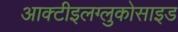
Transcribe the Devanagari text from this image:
आक्टीइलग्लुकोसाइड